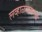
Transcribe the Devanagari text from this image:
लव्हाळयासारखी